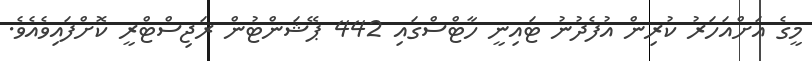
މީގެ އަށްއަހަރު ކުރިން އުފެދުނު ޓައިނީ ހާޓްސްގައި 442 ޕޭޝަންޓުން ރަޖިސްޓްރީ ކޮށްފައިވެއެވެ.